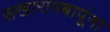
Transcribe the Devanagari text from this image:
सखारामबापूंना